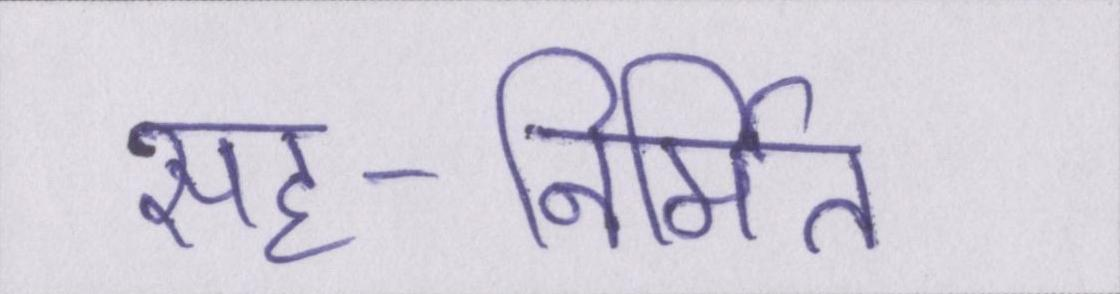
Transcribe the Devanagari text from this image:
सह-निर्मित